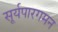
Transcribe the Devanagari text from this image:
सूर्यपारगमन